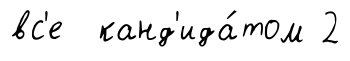
вс'е канд'ида́том 2